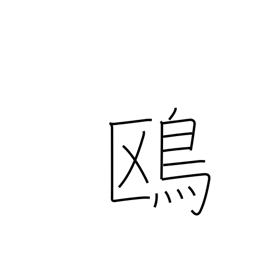
Meaning: seagull